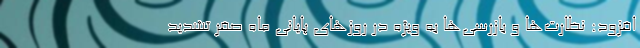
افزود: نظارت‌ها و بازرسی‌ها به ویژه در روزهای پایانی ماه صفر تشدید